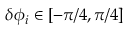
\delta \phi _ { i } \in [ - \pi / 4 , \pi / 4 ]